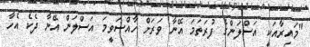
"މައިރާއަކީ އަސްލަންގެ ފުރަތަމަ އޭނާ ވަރަށް ހާއްސަވީމަ އަސްލަން އޭނާ ދެކެ އެހާ